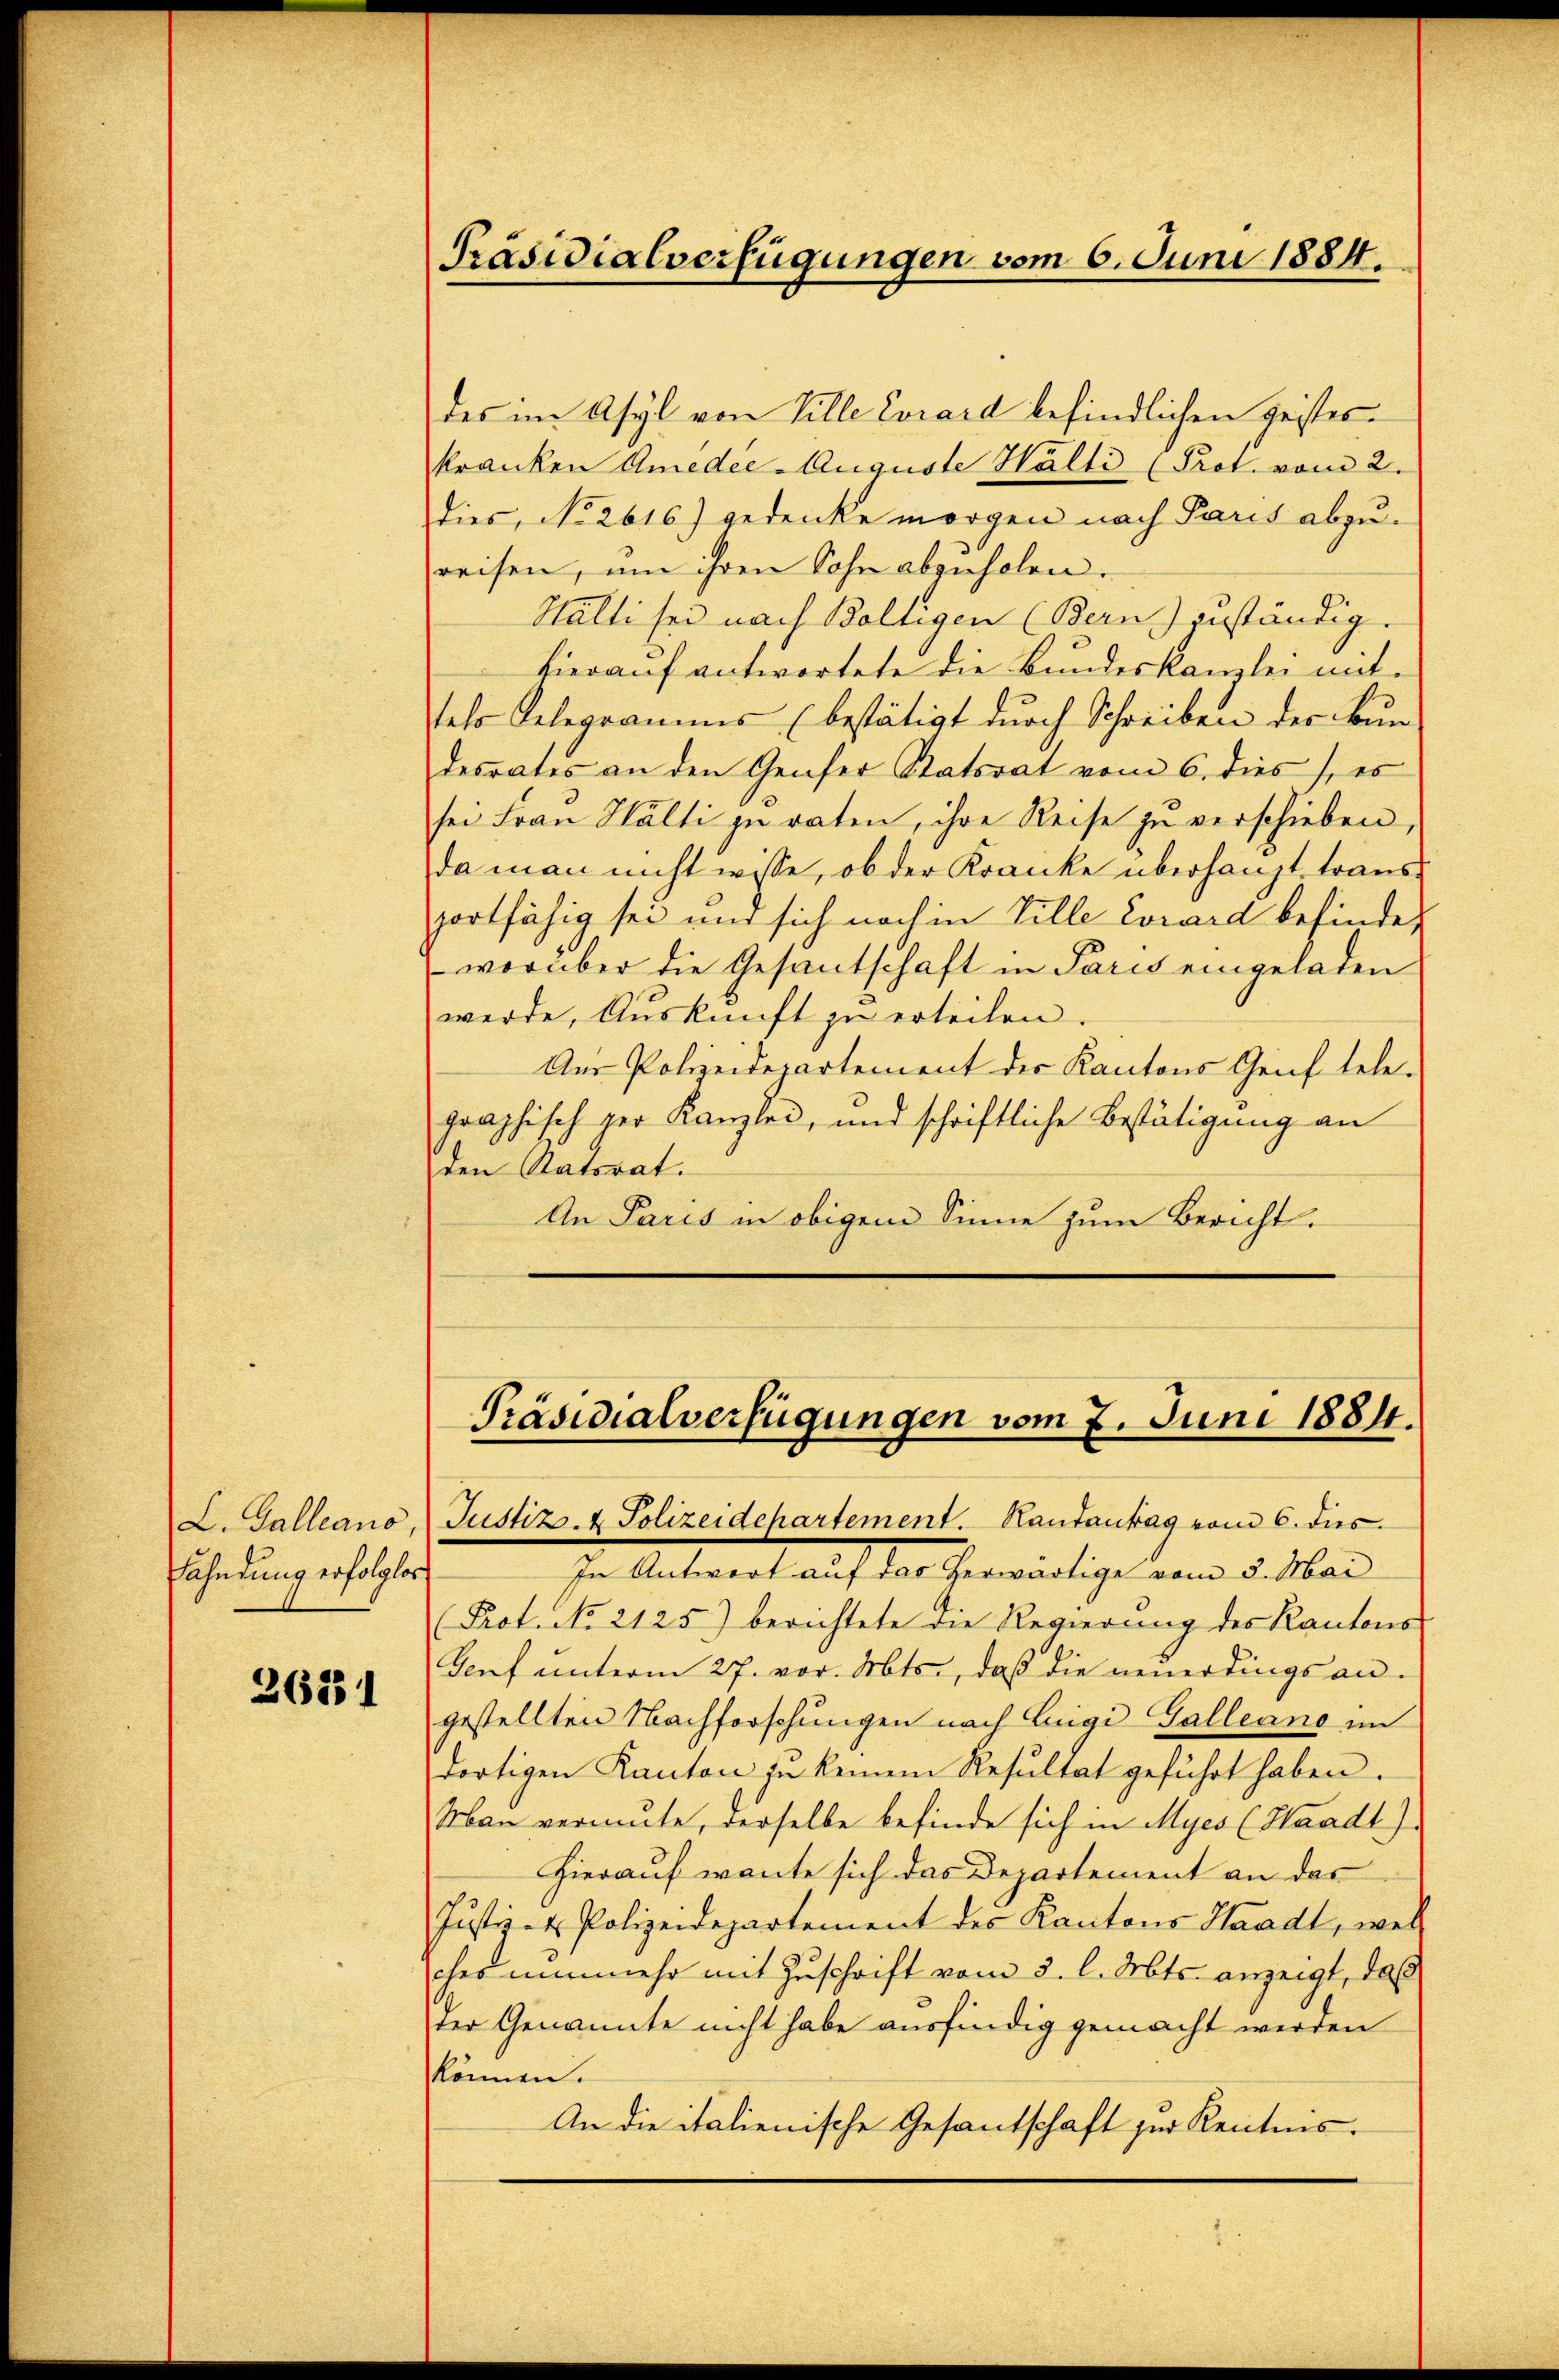
Fahndung erfolgter

2631

des im Asyl von Ville Corard befindlichen Geisteskranken Amedee Auguste Hälti (Prot. vom 2.
dies, No 2616) gedenke morgen nach Paris abzureisen, um ihren Sohn abzuholen.
Hälti sei nach Boltigen (Bern) zuständig.
hierauf antwortete die Bundeskanzlei mitsehr Relegramms (bestätigt durch Schreiben der Bundesrates an den Genfer Statsrat vom 6. dies, es
sei Frau Hälti zu raten, ihre Reise zu verschieben,
da man nicht wisse, ob der Kranke überhaupt traus
portfähig sei und sich noch in Ville Corard befinden
worüber die Gesantschaft in Paris eingeladen
werde, Auskunft zu erteilen.
Aus Polizeidepartement der Kantons Geif tele-
graphisch zur Kanzlei, und schriftliche Bestätigung an
den Ratsrat.
An Paris in obigem Sinne zum Bericht.

Präsidialverfügungen vom 6. Juni 1884.

Präsidialverfügungen vom 7. Juni 1884.
L. Galleano, Justiz- & Polizeidehartement. Rautantag vom 6. dies

In Antwort auf das herwärtige vom 5. Mar
(Prot. No 2125) berichtete die Regierung des Kantons
Torf unterm 27. vor. Mts., daß die neuerdings an-
gestellten Nachforschungen nach Luigi Galleano im
dortigen Kanton zu keinem Resultat geführt haben.
Man vermute, derselbe befinde sich in Myes (Waadt)
Hierauf wente sich das Departement an das
Justiz- & Polizeidepartement des Kantons Waadt, well
ches nunmehr mit Zuschrift vom 3. l. Mts. anzeigt, daß
der Genannte nicht habe ausfindig gemacht werden
können.
An die italienische Gesantschaft zur Kenntnis.